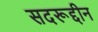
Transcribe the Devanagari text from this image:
सदरूद्दीन